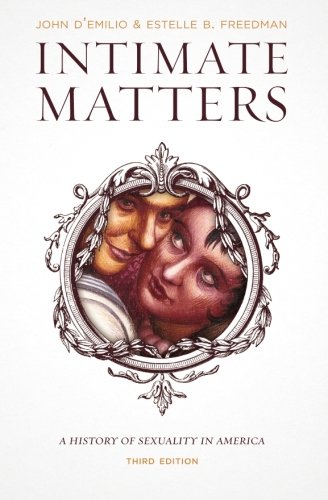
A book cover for Intimate Matters: A History of Sexuality in America, Third Edition; John D'Emilio; Gay & Lesbian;